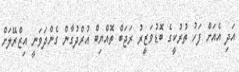
އަދި އެއަށް ފަހު ތުރުކީގެ ބޮޑުވަޒީރު ރަޖަބް ތޮއްޔިބް އުރްދުގާން ގެންދަވަނީ އިޒްރޭލަށް